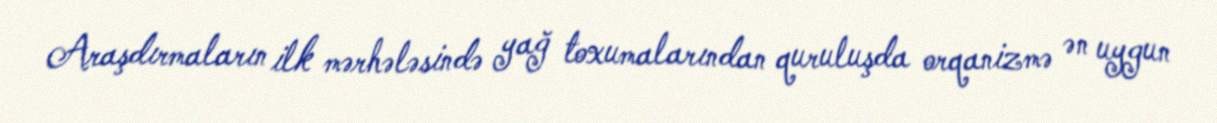
Araşdırmaların ilk mərhələsində yağ toxumalarından quruluşda orqanizmə ən uygun